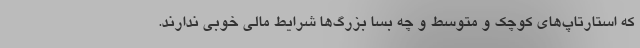
که استارتاپ‌های کوچک و متوسط و چه بسا بزرگ‌ها شرایط مالی خوبی ندارند.